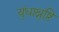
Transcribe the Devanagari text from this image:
युंधाश्रुष्ठि